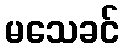
မသေခင်